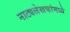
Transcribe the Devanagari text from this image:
नाट्यलेखकांमध्ये